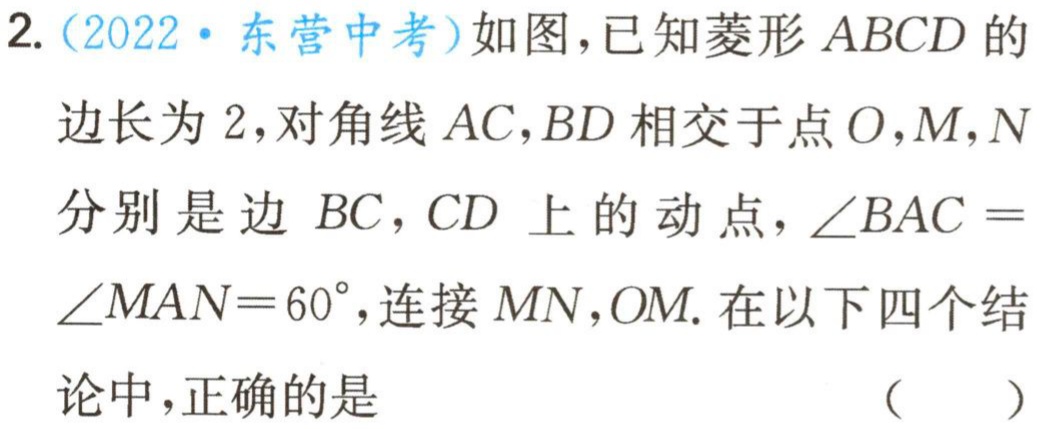
2.（2022·东营中考）如图，已知菱形 \(ABCD\) 的边长为 \(2\)，对角线 \(AC,BD\) 相交于点 \(O\)，\(M,N\) 分别是边 \(BC,CD\) 上的动点，\(\angle BAC = \angle MAN = 60^{\circ}\)，连接 \(MN,OM\). 在以下四个结论中，正确的是 （  ）